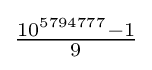
{\tfrac {10^{5794777}-1}{9}}